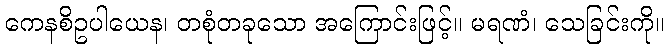
ကေနစိဥပါယေန၊ တစုံတခုသော အကြောင်းဖြင့်။ မရဏံ၊ သေခြင်းကို။